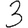
Digit: 3